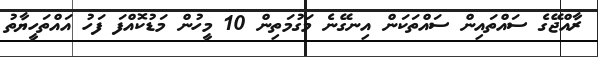
ރާއްޖޭގެ ސައްތައިން ސައްތަކަން އިނގޭނެ މަގުމަތިން 10 މީހުން މަޑުކޮއްފަ ފަހު އައްތަހީޔާތު